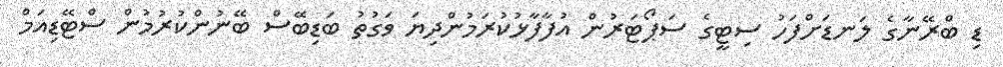
ޑި ބްރޭނާގެ ލަނޑަށްފަހު ސިޓީގެ ސަޕޯޓަރުން އުފާފާޅުކުރަމުންދިޔަ ވަގުތު ބަޑިބޭސް ބޭނުންކުރުމުން ސްޓޭޑިއަމް